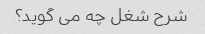
شرح شغل چه می گوید؟